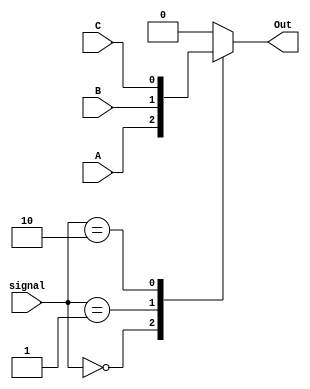
`timescale 1ns / 1ps

module Mux1bit_3x1(signal, A, B, C, Out);
    input A, B, C;
    input [1:0] signal;
    output reg Out;
    
    always @(*)
    begin
        case(signal)
            2'd0: begin Out <= A; end
            2'd1: begin Out <= B; end
            2'd2: begin Out <= C; end
            default: begin Out <= 5'b0; end //error 
        endcase
    end
endmodule